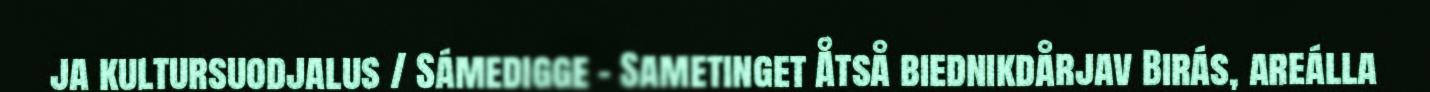
ja kultursuodjalus / Sámedigge - Sametinget Åtså biednikdårjav Birás, areálla